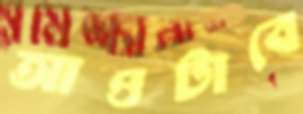
আওটাবে